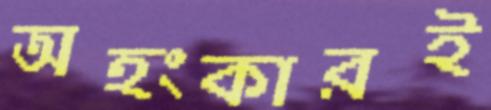
অহংকারই